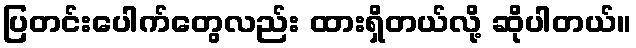
ပြတင်းပေါက်တွေလည်း ထားရှိတယ်လို့ ဆိုပါတယ်။